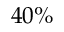
4 0 \%